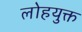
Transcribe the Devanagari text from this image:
लोहयुक्त